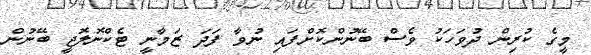
މީގެ ކުރިން ދުވަަހަކު ވެސް ބޭނުންކޮށްފައި ނުވާ ފަދަ ޒަމާނީ ޓެކްނޮލޮޖީ ބޭނުން